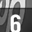
Digit: 6